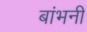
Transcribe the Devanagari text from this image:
बांभनी